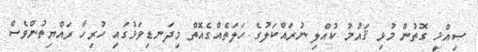
ޞިއްޚީ ގޮތުން މުޅި ޤައުމު ކުއްލި ނުރައްކަލުގެ ހަލަަތެއްގެއޮތް މިދަނޑިވަޅުގައި ހުރިހާ ރައްޔިތުންވެސް